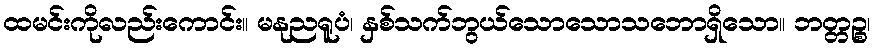
ထမင်းကိုလည်းကောင်း။ မနုညရူပံ၊ နှစ်သက်ဘွယ်သောသောသဘောရှိသော။ ဘတ္တဉ္စ၊